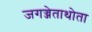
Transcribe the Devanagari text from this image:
जगज्जेताथोता